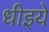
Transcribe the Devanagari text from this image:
धीइये